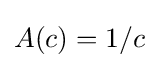
A(c)=1/c